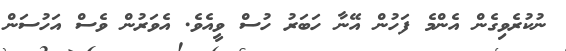
ނުކުރެވިގެން އެންމެ ފަހުން އޭނާ ހަބަރު ހުސް ވީއެވެ. އެވަރުން ވެސް އަހުސަން